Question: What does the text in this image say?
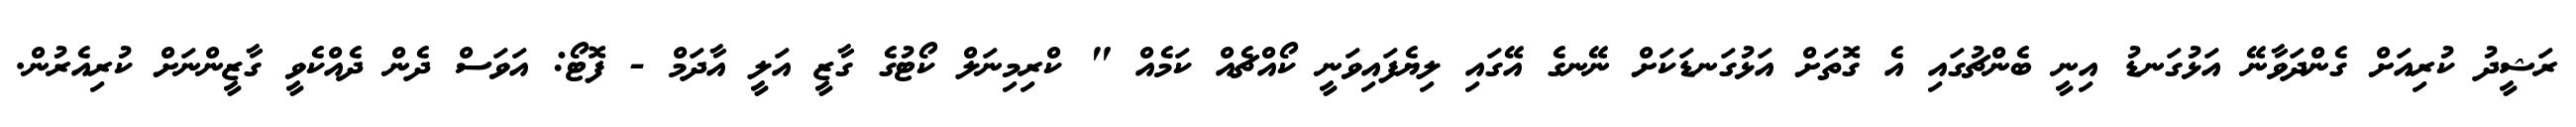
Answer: ރަޝީދު ކުރިއަށް ގެންދަވާނޭ އަޅުގަނޑު އިނީ ބެންޗުގައި އެ ގޮތަށް އަޅުގަނޑަކަށް ނޭނގެ އޭގައި ލިޔެފައިވަނީ ކޯއްޗެއް ކަމެއް " ކްރިމިނަލް ކޯޓުގެ ގާޒީ އަލީ އާދަމް - ފޮޓޯ: އަވަސް ދެން ދެއްކެވީ ގާޒީންނަށް ކުރިއެރުން.